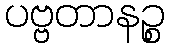
ပဗ္ဗတာနဉ္စ